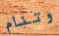
وتنام